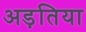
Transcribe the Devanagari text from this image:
अड़तिया